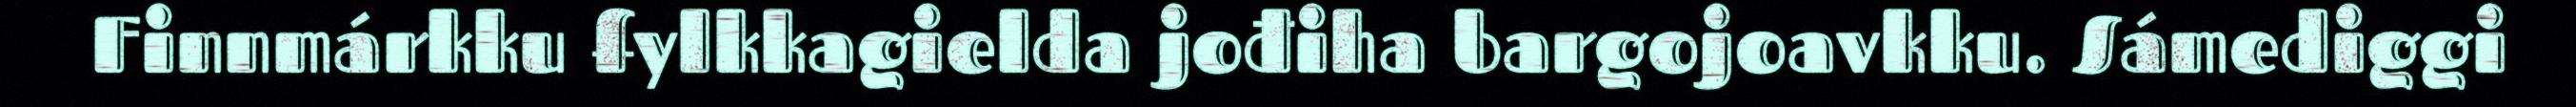
Finnmárkku fylkkagielda jođiha bargojoavkku. Sámediggi